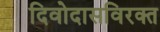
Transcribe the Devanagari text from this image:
दिवोदासविरक्त